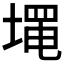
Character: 𰊓